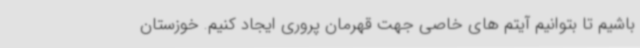
باشیم تا بتوانیم آیتم های خاصی جهت قهرمان پروری ایجاد کنیم. خوزستان